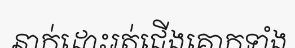
នាក់ដោះរត់ជើងគោកទាំង